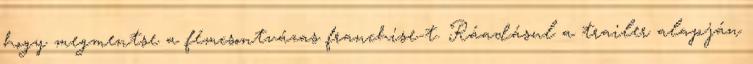
hogy megmentse a fémcsontvázas franchise-t. Ráadásul a trailer alapján